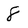
Character: 8